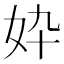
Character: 𫰓